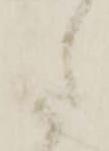
た